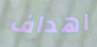
اهداف